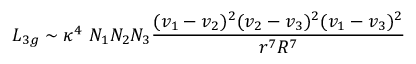
L _ { 3 g } \sim \kappa ^ { 4 } ~ N _ { 1 } N _ { 2 } N _ { 3 } { \frac { ( v _ { 1 } - v _ { 2 } ) ^ { 2 } ( v _ { 2 } - v _ { 3 } ) ^ { 2 } ( v _ { 1 } - v _ { 3 } ) ^ { 2 } } { r ^ { 7 } R ^ { 7 } } }